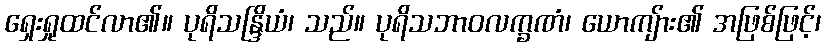
ရှေးရှုထင်လာ၏။ ပုရိသန္ဒြိယံ၊ သည်။ ပုရိသဘာဝလက္ခဏံ၊ ယောကျ်ား၏ အဖြစ်ဖြင့်၊